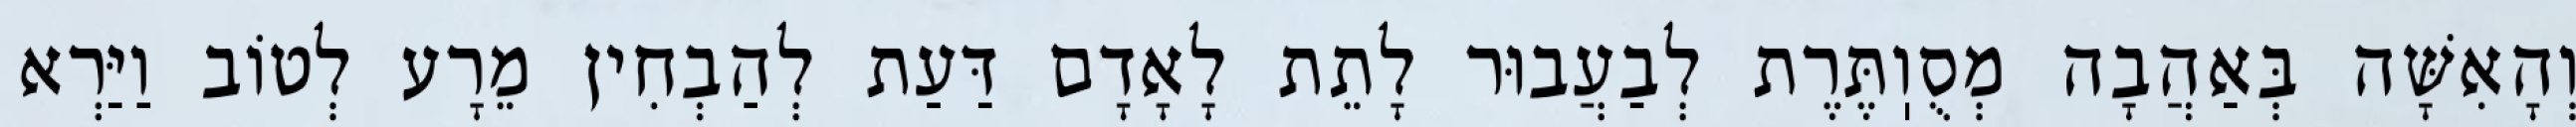
וְהָאִשָּׁה בְּאַהֲבָה מְסֻוֽתֶּרֶת לְבַעֲבוּר לָתֵת לָאָדָם דַּעַת לְהַבְחִין מֵרָע לְטוֹב וַיַּרְא